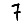
Digit: 7